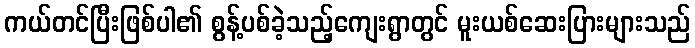
ကယ်တင်ပြီးဖြစ်ပါ၏ စွန့်ပစ်ခဲ့သည့်ကျေးရွာတွင် မူးယစ်ဆေးပြားများသည်